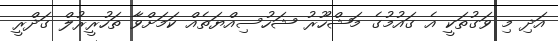
އަދި މި ވަގުތަކީ އެ ގައުމުގެ މަޝްހޫރު ޝަހުސިއްޔަތެއް ކަމަށްވާ ތަހުރީރުލް ގަދްރީ